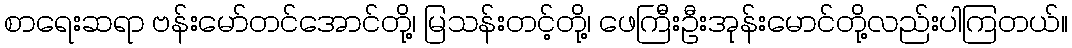
စာရေးဆရာ ဗန်းမော်တင်အောင်တို့၊ မြသန်းတင့်တို့၊ ဖေကြီးဦးအုန်းမောင်တို့လည်းပါကြတယ်။